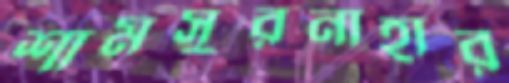
শামসুরনাহার